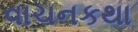
વાચનકથા